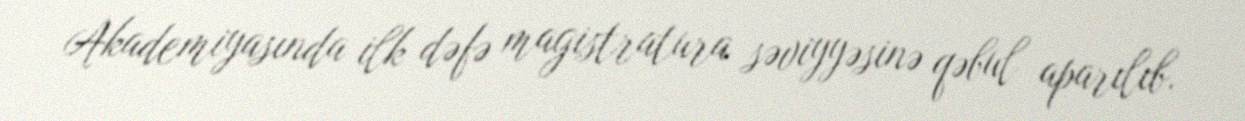
Akademiyasında ilk dəfə magistratura səviyyəsinə qəbul aparılıb.